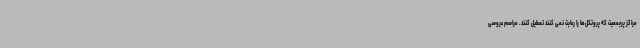
مراکز پرجمعیت که پروتکل‌ها را رعایت نمی کنند تعطیل کنند. مراسم عروسی